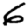
Digit: 6